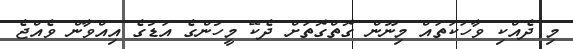
މި ދެއްކި ވާހަކަތައް މިނޫން ގޮތްގޮތަށް ދެކޭ މީހުންގެ އަޑުގެ އިއްވާން ވެއްޖެ